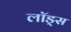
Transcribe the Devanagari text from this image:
लॉड्स